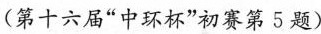
(第十六届“”中环杯”初赛第5题)